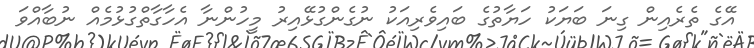
އޭގެ ތެރެއިން ގިނަ ބަޔަކު ހަޔާތުގެ ބައިވެރިއަކު ނުގެންގުޅޭއިރު މީހުންނާ އެހާގާތްގުޅުމެއް ނުބާއްވަ